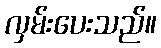
လှမ်းပေးသည်။